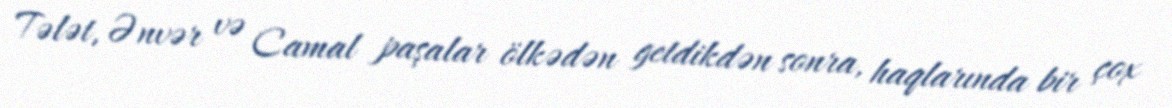
Tələt, Ənvər və Camal paşalar ölkədən getdikdən sonra, haqlarında bir çox